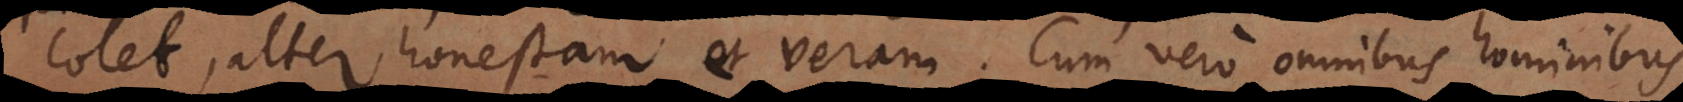
colet, alter honestam et veram. Cum vero omnibus hominibus